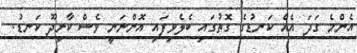
އެންމެ ގަދަ އެއް ކަނޑުގެ ގޮތުގައި ބެލެވިފައި އޮންނަނީ ވެސް ކާށިދޫ ކަނޑު.